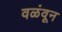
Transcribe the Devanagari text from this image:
वळंवून